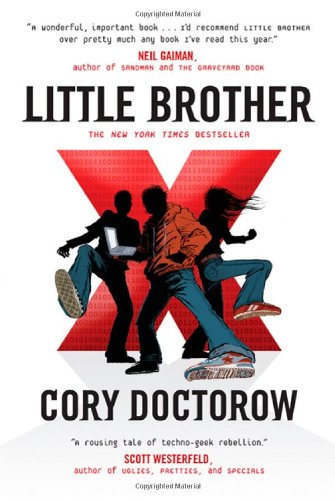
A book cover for Little Brother; Cory Doctorow; Teen & Young Adult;